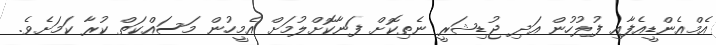
އެމްއެންޑީއެފާއި ފުލުހުން އަދި ޖުޑިޝަރީ ނެތިކޮށް ފަނާކޮށްލުމަށް އެމީހުން މަސައްކަތް ކުރާ ކަމަށެވެ.